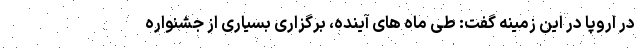
در اروپا در این زمینه گفت: طی ماه های آینده، برگزاری بسیاری از جشنواره